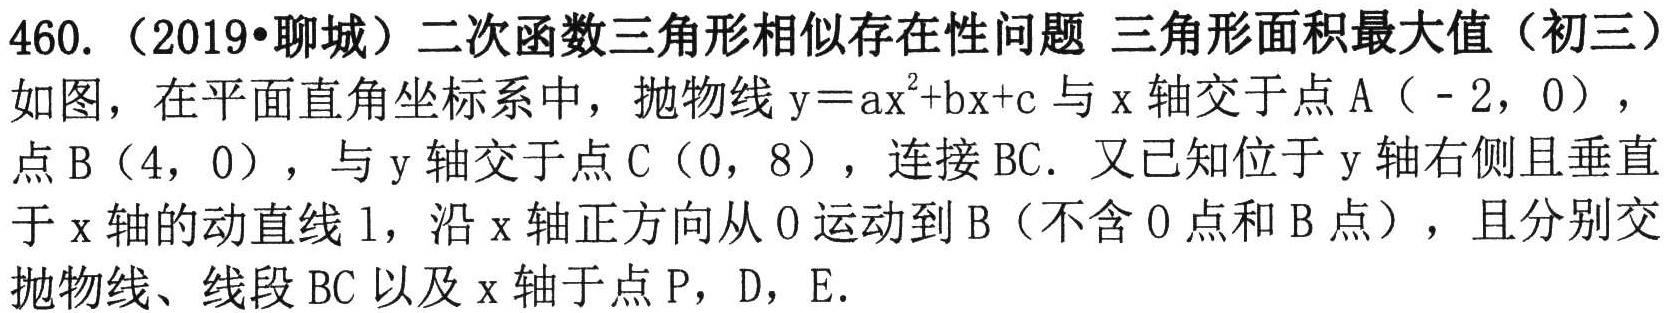
460.（2019•聊城）二次函数三角形相似存在性问题 三角形面积最大值（初三）
如图，在平面直角坐标系中，抛物线\(y = ax^{2}+bx + c\)与\(x\)轴交于点\(A(-2,0)\)，点\(B(4,0)\)，与\(y\)轴交于点\(C(0,8)\)，连接\(BC\)。又已知位于\(y\)轴右侧且垂直于\(x\)轴的动直线\(l\)，沿\(x\)轴正方向从\(O\)运动到\(B\)（不含\(O\)点和\(B\)点），且分别交抛物线、线段\(BC\)以及\(x\)轴于点\(P\)，\(D\)，\(E\)。